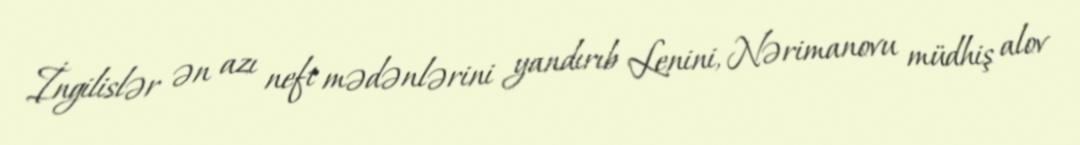
İngilislər ən azı neft mədənlərini yandırıb Lenini, Nərimanovu müdhiş alov